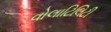
વોલાટિલિટી